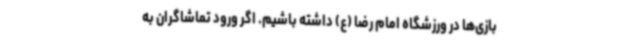
بازی‌ها در ورزشگاه امام رضا (ع) داشته باشیم. اگر ورود تماشاگران به